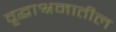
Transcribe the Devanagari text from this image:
वृद्धाश्रमातील